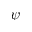
\psi